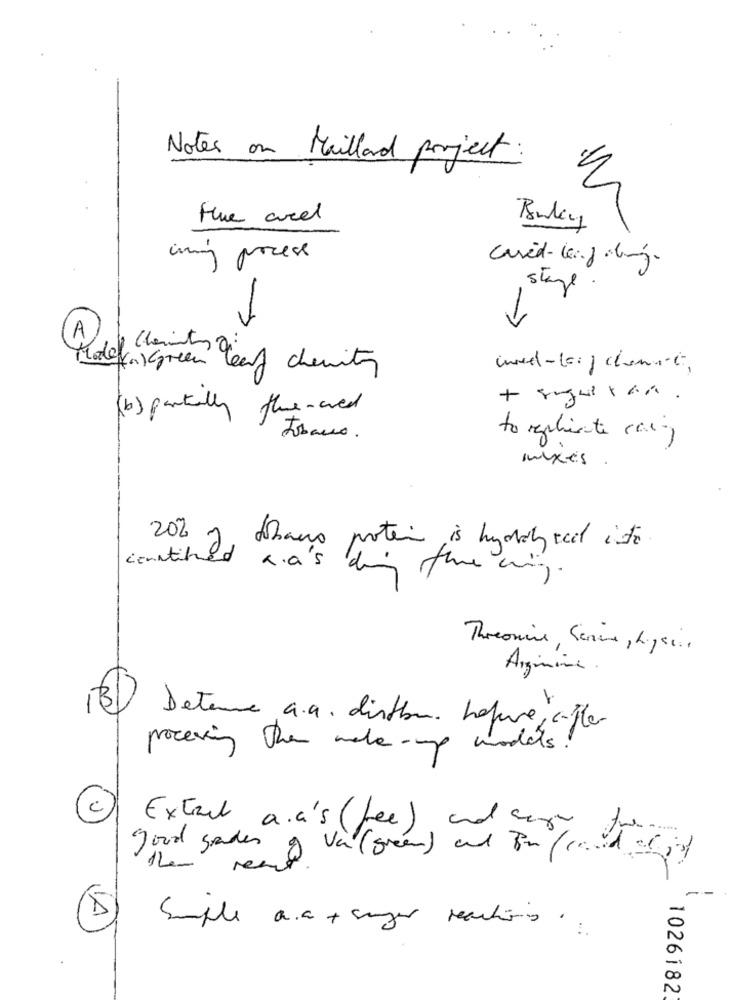
Notes on Maillard project:
the ard
ining proces
cased-leaf dimg.
stage
-7
Gra)Green leaf cherity
und-lo:) clamart,
(b) partially flue-aved
Tobacco.
to replicate caring
mixes
20%
continued hans poten is hydrolyzed into
ka's dig
Threonine, Serve , Lysis
Arginina.
(B) Detenne a.a. distbu hapure, c-fler
procesing the make-up models .
Extract a. a's (fee) and cary forms
good grades
read va(green) and Br /aids)
the
A
Simple a. a + sanger reaching ..
1026182